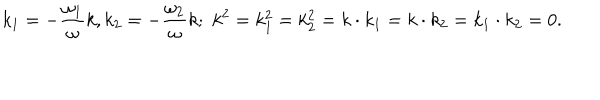
LaTeX: k _ { 1 } = - { \frac { \omega _ { 1 } } { \omega } } k , k _ { 2 } = - { \frac { \omega _ { 2 } } { \omega } } k ; \, \, k ^ { 2 } = k _ { 1 } ^ { 2 } = k _ { 2 } ^ { 2 } = k \cdot k _ { 1 } = k \cdot k _ { 2 } = k _ { 1 } \cdot k _ { 2 } = 0 .